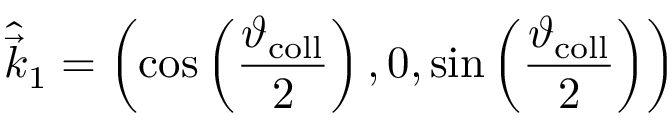
\hat { \vec { k } } _ { 1 } = \left( \cos \left( \frac { \vartheta _ { \mathrm { c o l l } } } { 2 } \right) , 0 , \sin \left( \frac { \vartheta _ { \mathrm { c o l l } } } { 2 } \right) \right)